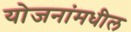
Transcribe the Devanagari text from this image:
योजनांमधील